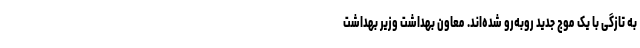
به تازگی با یک موج جدید روبه‌رو شده‌اند. معاون بهداشت وزیر بهداشت